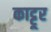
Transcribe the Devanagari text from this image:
काट्टूर